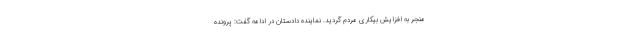
منجر به افزایش بیکاری مردم گردید. نماینده دادستان در ادامه گفت: پرونده